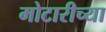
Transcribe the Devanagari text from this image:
मोटारीच्या